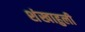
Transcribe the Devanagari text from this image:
शंखाहुली